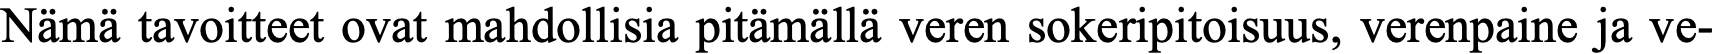
Nämä tavoitteet ovat mahdollisia pitämällä veren sokeripitoisuus, verenpaine ja ve-